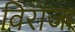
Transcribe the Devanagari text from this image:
विराजा